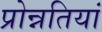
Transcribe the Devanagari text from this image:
प्रोन्नतियां